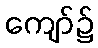
ကျော်၌